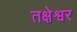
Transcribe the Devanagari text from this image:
तक्षेश्वर